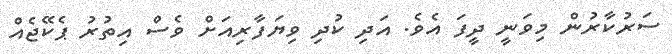
ސަރުކާރުން މިވަނީ ދީފަ އެވެ. އަދި ކުދި ވިޔަފާރިއަށް ވެސް އިތުރު ޕެކޭޖެއް